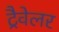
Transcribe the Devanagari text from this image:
ट्रैवेलर